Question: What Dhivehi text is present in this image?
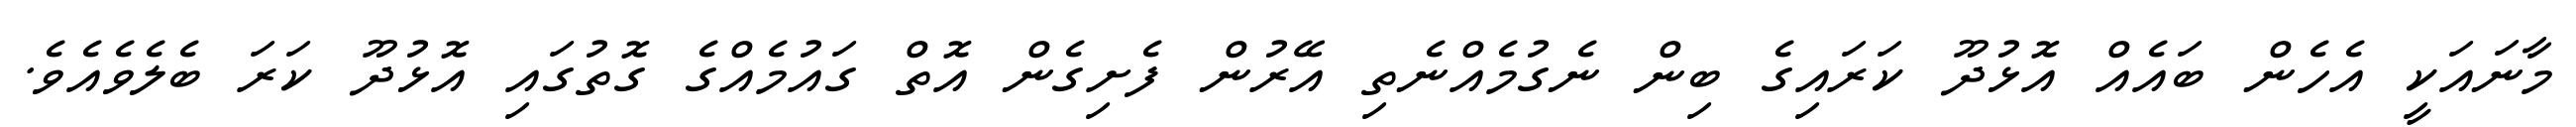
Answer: މާނައަކީ އެހެން ބައެއް އޮޅުދޫ ކަރައިގެ ބިން ނެގުމެއްނެތި އޭރުން ފެށިގެން އޮތް ގައުމެއްގެ ގޮތުގައި އޮޅުދޫ ކަރަ ބެލެވެއެވެ.